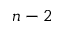
n - 2